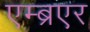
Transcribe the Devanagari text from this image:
एम्ब्रएर